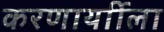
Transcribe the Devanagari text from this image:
करणार्याीला